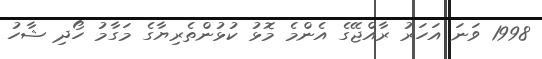
1998 ވަނަ އަހަރު ރާއްޖޭގެ އެންމެ މޮޅު ކުޅުންތެރިޔާގެ މަގާމު ހޯދި ޝާހު